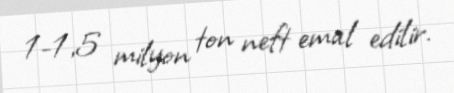
1-1,5 milyon ton neft emal edilir.